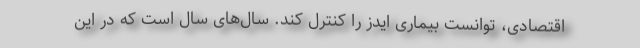
اقتصادی، توانست بیماری ایدز را کنترل کند. سال‌های سال است که در این